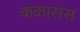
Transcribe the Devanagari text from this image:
ककासस